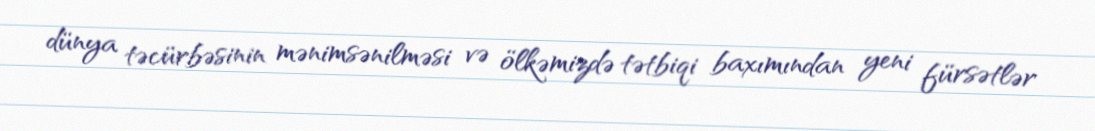
dünya təcürbəsinin mənimsənilməsi və ölkəmizdə tətbiqi baxımından yeni fürsətlər